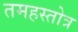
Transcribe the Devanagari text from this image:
तमहस्तोत्र